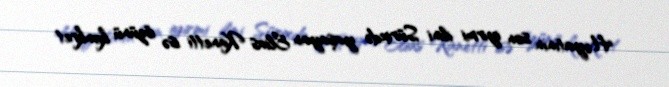
Həyatının son iyirmi ilini Sürixdə yaşayan Elias Kanetti isə özünü konkret